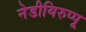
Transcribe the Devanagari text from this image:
नेडीयिरुप्पू